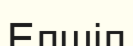
Елшіл